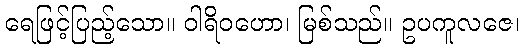
ရေဖြင့်ပြည့်သော။ ဝါရိဝဟော၊ မြစ်သည်။ ဥပကူလဇေ၊